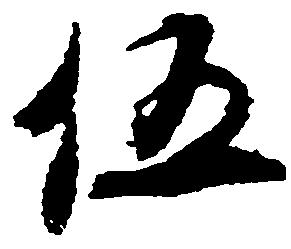
伍